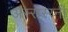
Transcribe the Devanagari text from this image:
अस्सस्य्नी